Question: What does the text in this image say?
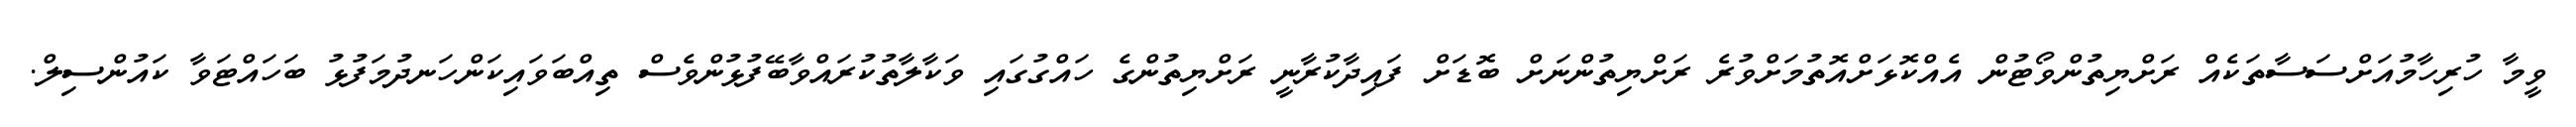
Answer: ވީމާ ހުރިހާމުއަށްސަސާތަކެއް ރަށްޔިތުންވޯޓުން އެއްކޮޅަށްއޮތުމަށްވުރެ ރަށްޔިތުންނަށް ބޮޑަށް ފައިދާކުރާނީ ރަށްޔިތުންގެ ހައްގުގައި ވަކާލާތުކުރައްވާބޭފުޅުންވެސް ތިއްބަވައިކަންހަނދުމަފުޅު ބަހައްޓަވާ ކައުންސިލް.